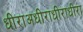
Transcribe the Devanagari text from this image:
धीराअधीराधीराधीरा